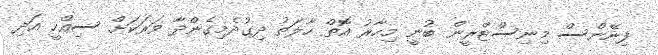
ފިނޭންސް މިނިސްޓްރީން ބުނީ މިހާރު އޮތް ހާލަތު ދިގުދެމިގެންދާ ވަރަކަށް ސިއްހީ އަދި